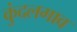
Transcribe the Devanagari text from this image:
कुंदलगाव